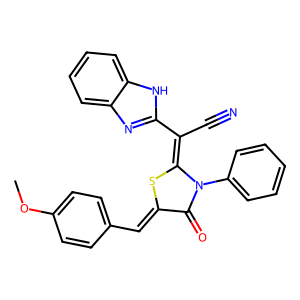
SMILES: COc1ccc(C=c2sc(=C(C#N)c3nc4ccccc4[nH]3)n(-c3ccccc3)c2=O)cc1
Inhibits HIV replication: No